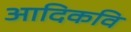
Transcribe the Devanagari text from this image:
अादिकवि